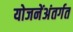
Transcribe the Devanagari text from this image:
योजनेंअंतर्गत